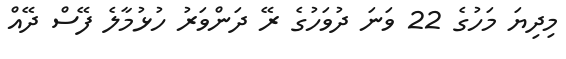
މިދިޔަ މަހުގެ 22 ވަނަ ދުވަހުގެ ރޭ ދަންވަރު ހުޅުމާލެ ފޭސް ދޭއް